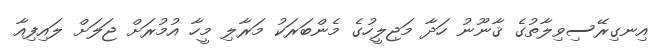
އިނގިރޭސިވިލާތުގެ ޤާނޫނު ހަދާ މަޖިލީހުގެ މެންބަރަކު މަރާލި މީހާ އުމުރަށް ޖަލަށް ލައިފިއާ